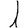
Digit: 1